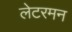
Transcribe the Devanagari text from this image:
लेटरमन